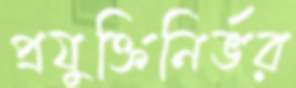
প্রযুক্তিনির্ভর